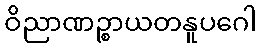
ဝိညာဏဉ္စာယတနူပဂေါ